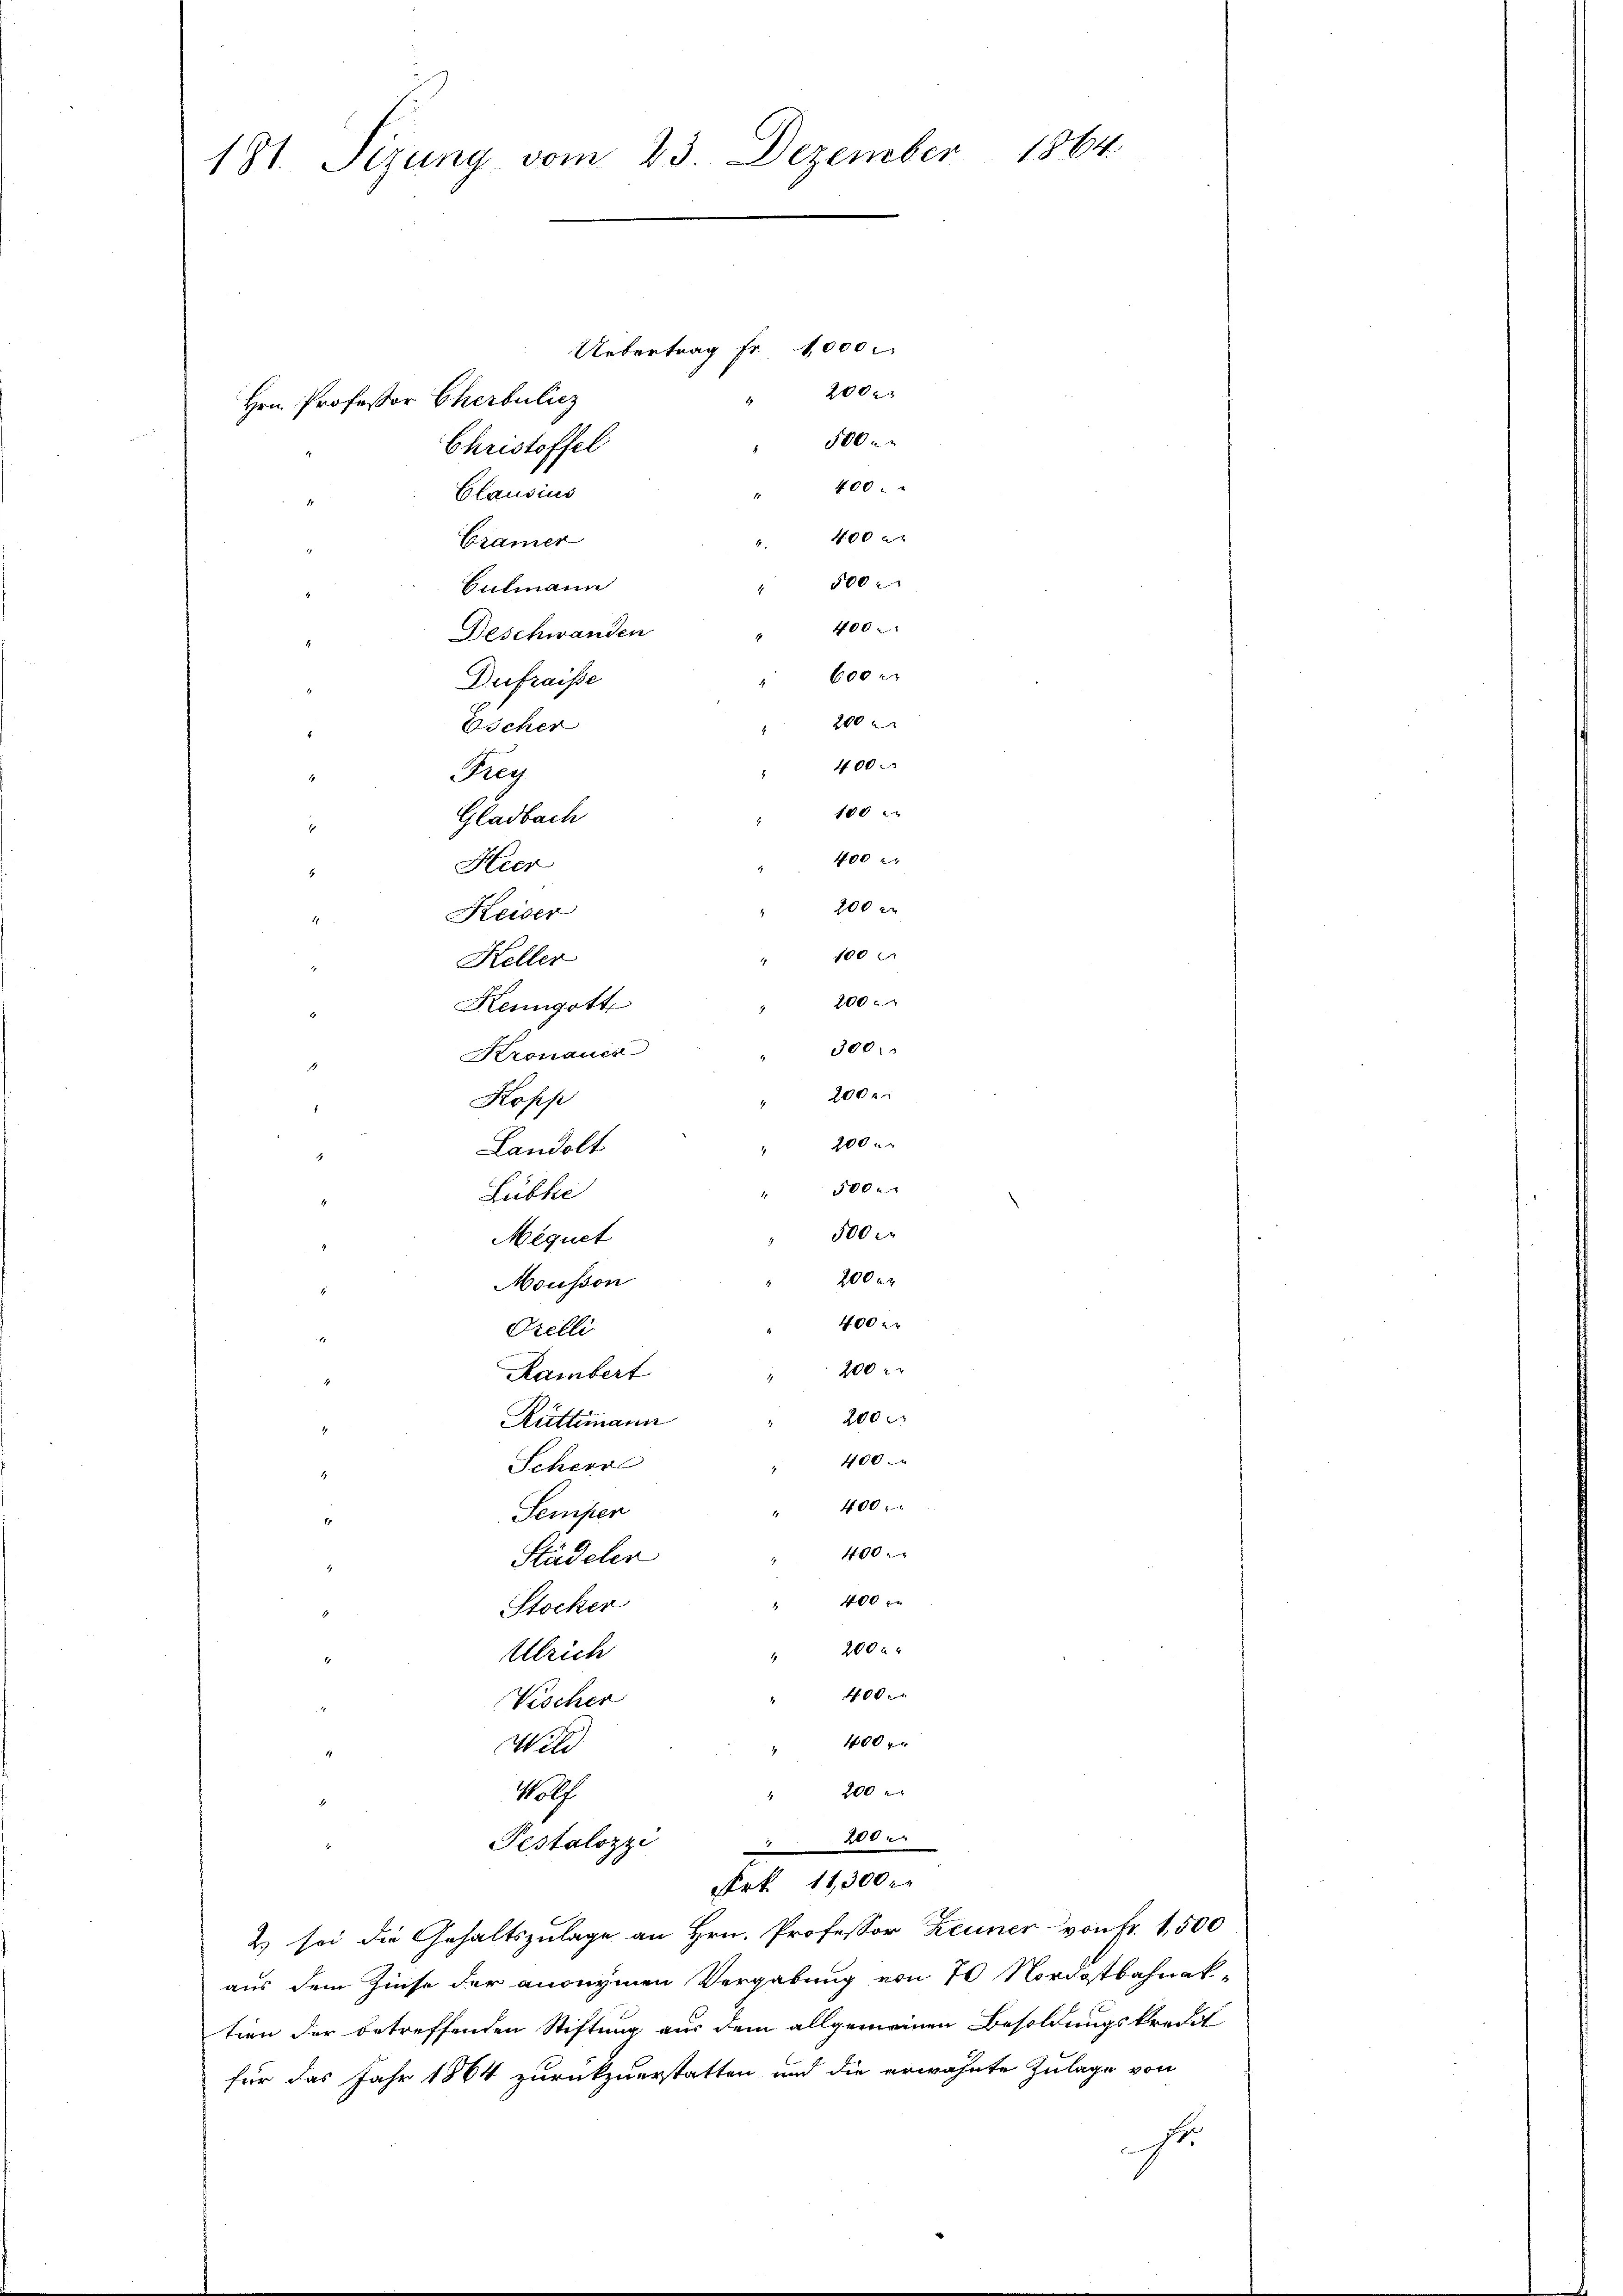
181. Sizung vom 23. Dezember 1864

Uebertrag fr. 4,000.
200x
Hrn. Professor Cherbulicz
500.
Christoffel
400.
Clausius
1
400 x
Cramer
500
Bulmann
400
Deschwanden
.
600
Dufraisse
200
Escher
400
Ruy
1
180
Gladbach
400
Hier
200 x
Keiser
.
100
Keller
200
Kengott
300.
Kronauer
200 x
Kopp
" 200.
Landolt
.
500 x
Lubhe
4
500
Méquet
200 er
Mousson
400 xr
Orelli

200
Rambert
e
200 r
Rüttimann
400.
Scherre
.
400
Semper
11
400
Städeler
" 400
Stocker
200 x
Ulrich
.
400.
Vischer
i
400 x
Will
11.
" 200
Wolf
ih
200.
Pestalozzi
Frk. 11,300
2) sei die Gehaltszulage an Hrn. Professor Zeuner von Fr. 1,500
aus dem Zinse der anonymen Vergabung von 70 Nordostbahnaktion der betreffenden Stiftung aus dem allgemeinen Besoldungskredit
für das Jahr 1864 zurückzuerstatten und die erwähnte Zulage von
s